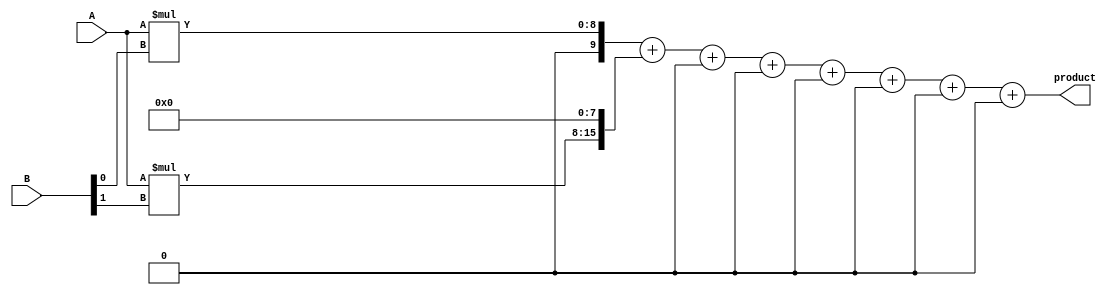
module signed_multiplier(
    input signed [7:0] A,
    input signed [7:0] B,
    output signed [15:0] product
);

reg signed [15:0] partial_products [0:7];

always @(*) begin
    partial_products[0] = A * B[0];
    partial_products[1] = A * B[1];
    partial_products[2] = A * B[2];
    partial_products[3] = A * B[3];
    partial_products[4] = A * B[4];
    partial_products[5] = A * B[5];
    partial_products[6] = A * B[6];
    partial_products[7] = A * B[7];
end

assign product = partial_products[0] + (partial_products[1] << 8) + (partial_products[2] << 16) + (partial_products[3] << 24) 
                + (partial_products[4] << 32) + (partial_products[5] << 40) + (partial_products[6] << 48) + (partial_products[7] << 56);

endmodule